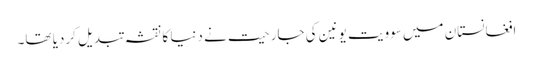
افغانستان میں سوویت یونین کی جارحیت نے دنیا کا نقشہ تبدیل کردیا تھا۔